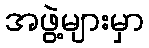
အဖွဲ့များမှာ